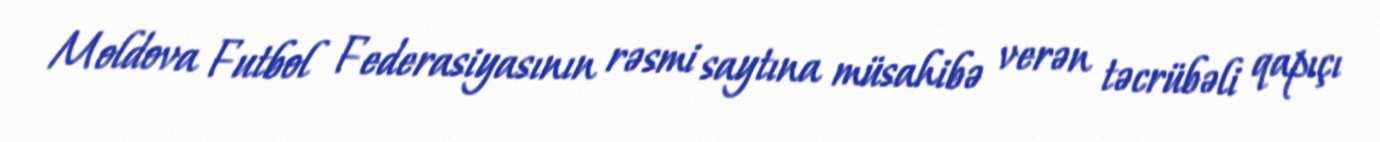
Moldova Futbol Federasiyasının rəsmi saytına müsahibə verən təcrübəli qapıçı